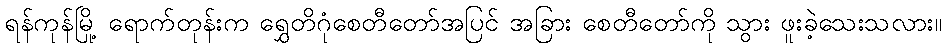
ရန်ကုန်မြို့ ရောက်တုန်းက ရွှေတိဂုံစေတီတော်အပြင် အခြား စေတီတော်ကို သွား ဖူးခဲ့သေးသလား။